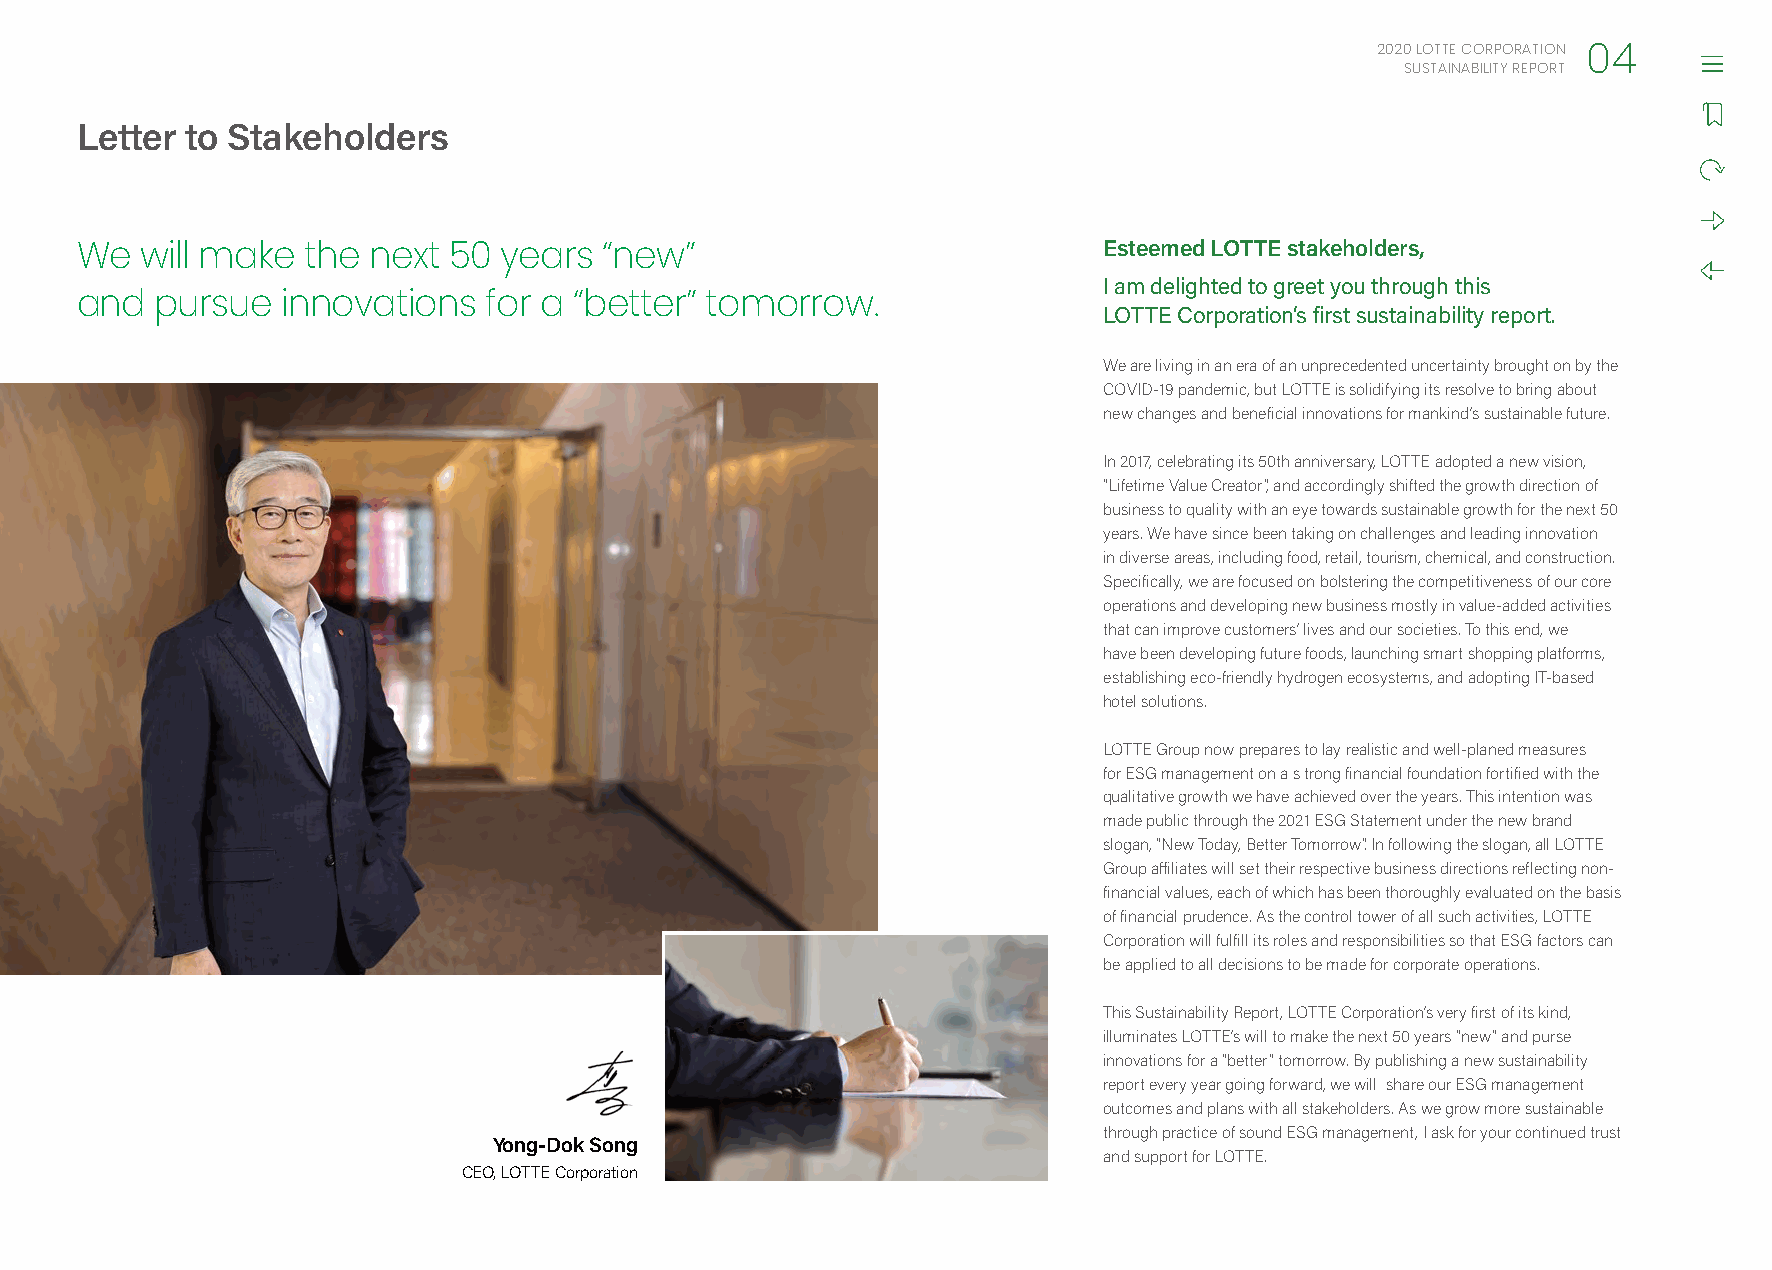
2020 LOTTE CORPORATION
 04
 SUSTAINABILITY REPORT
 Letter to Stakeholders
 Esteemed LOTTE stakeholders,
 We  will make  the next  50 years  “new”
 I am delighted to greet you through this
 and  pursue   innovations  for a “better” tomorrow.
 LOTTE Corporation’s first sustainability report.
 We are living in an era of an unprecedented uncertainty brought on by the
 COVID-19 pandemic, but LOTTE is solidifying its resolve to bring about
 new changes and beneficial innovations for mankind’s sustainable future.
 In 2017, celebrating its 50th anniversary, LOTTE adopted a new vision,
 “Lifetime Value Creator”, and accordingly shifted the growth direction of
 business to quality with an eye towards sustainable growth for the next 50
 years. We have since been taking on challenges and leading innovation
 in diverse areas, including food, retail, tourism, chemical, and construction.
 Specifically, we are focused on bolstering the competitiveness of our core
 operations and developing new business mostly in value-added activities
 that can improve customers’ lives and our societies. To this end, we
 have been developing future foods, launching smart shopping platforms,
 establishing eco-friendly hydrogen ecosystems, and adopting IT-based
 hotel solutions.
 LOTTE Group now prepares to lay realistic and well-planed measures
 for ESG management on a s trong financial foundation fortified with the
 qualitative growth we have achieved over the years. This intention was
 made public through the 2021 ESG Statement under the new brand
 slogan, “New Today, Better Tomorrow”. In following the slogan, all LOTTE
 Group affiliates will set their respective business directions reflecting non-
 financial values, each of which has been thoroughly evaluated on the basis
 of financial prudence. As the control tower of all such activities, LOTTE
 Corporation will fulfill its roles and responsibilities so that ESG factors can
 be applied to all decisions to be made for corporate operations.
 This Sustainability Report, LOTTE Corporation’s very first of its kind,
 illuminates LOTTE’s will to make the next 50 years “new” and purse
 innovations for a “better” tomorrow. By publishing a new sustainability
 report every year going forward, we will share our ESG management
 outcomes and plans with all stakeholders. As we grow more sustainable
 through practice of sound ESG management, I ask for your continued trust
 Yong-Dok Song
 and support for LOTTE.
 CEO, LOTTE Corporation